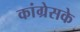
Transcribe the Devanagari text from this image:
कांग्रेसके